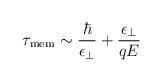
LaTeX: \begin{align*}\tau_{\rm mem}\sim {\hbar\over\epsilon_\perp}+{\epsilon_\perp\over qE}\end{align*}